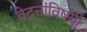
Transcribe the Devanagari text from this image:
वेदनांविषयी